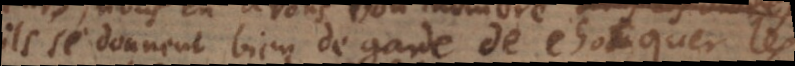
il se donnent bien de garde de chocquer les